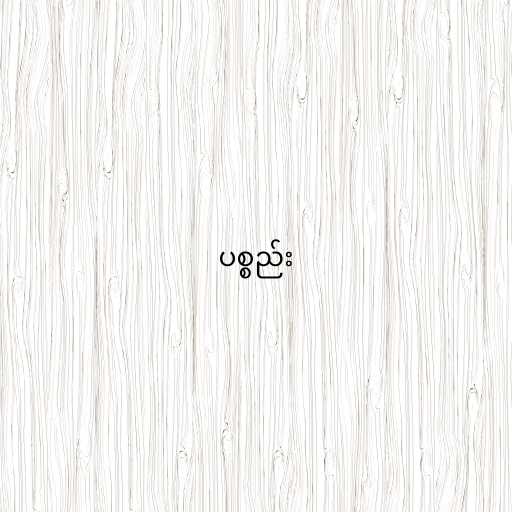
ပစ္စည်း